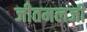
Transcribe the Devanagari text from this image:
जीतमलजी